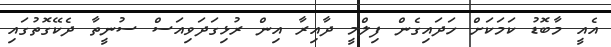
އެއީ މާބޮޑު ކަމަކަށް ހަދައިގެން ފިލްމީ ދާއިރާ އިން ރުޅިގަދަވިއަސް ސުނީތާ ދެކޭގޮތުގައި